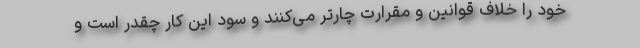
خود را خلاف قوانین و مقرارت چارتر می‌کنند و سود این کار چقدر است و